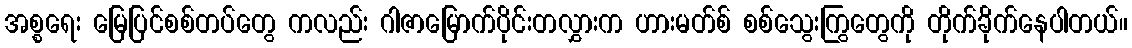
အစ္စရေး မြေပြင်စစ်တပ်တွေ ကလည်း ဂါဇာမြောက်ပိုင်းတလွှားက ဟားမတ်စ် စစ်သွေးကြွတွေကို တိုက်ခိုက်နေပါတယ်။